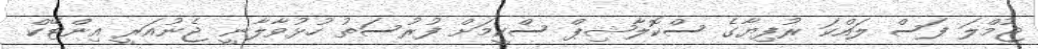
ޖުމްލަ ފަސް ލައްކަ ރުފިޔާގެ ސްކޮލާޝިޕް ސްކީމަށް ފުރުސަތު ހުޅުވާލާނީ ޖެނުއަރީ އިންޓޭކް